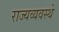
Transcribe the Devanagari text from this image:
राज्यव्यवस्थे